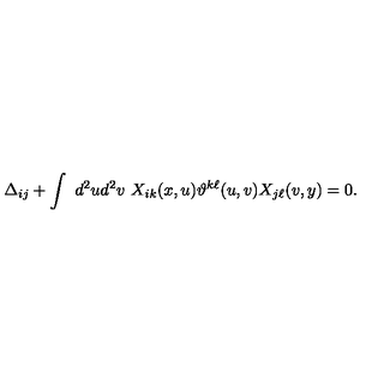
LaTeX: \Delta _ { i j } + \int \ d ^ { 2 } u d ^ { 2 } v \ X _ { i k } ( x , u ) \vartheta ^ { k \ell } ( u , v ) X _ { j \ell } ( v , y ) = 0 .